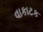
વાકાટક